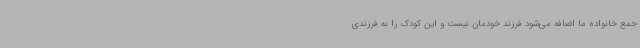
جمع خانواده ما اضافه می‌شود فرزند خودمان نیست و این کودک را به فرزندی